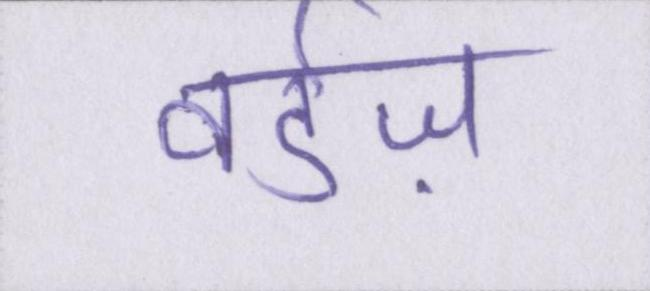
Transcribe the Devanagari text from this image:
वर्डज़